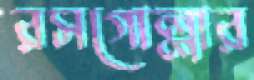
রসগোল্লার